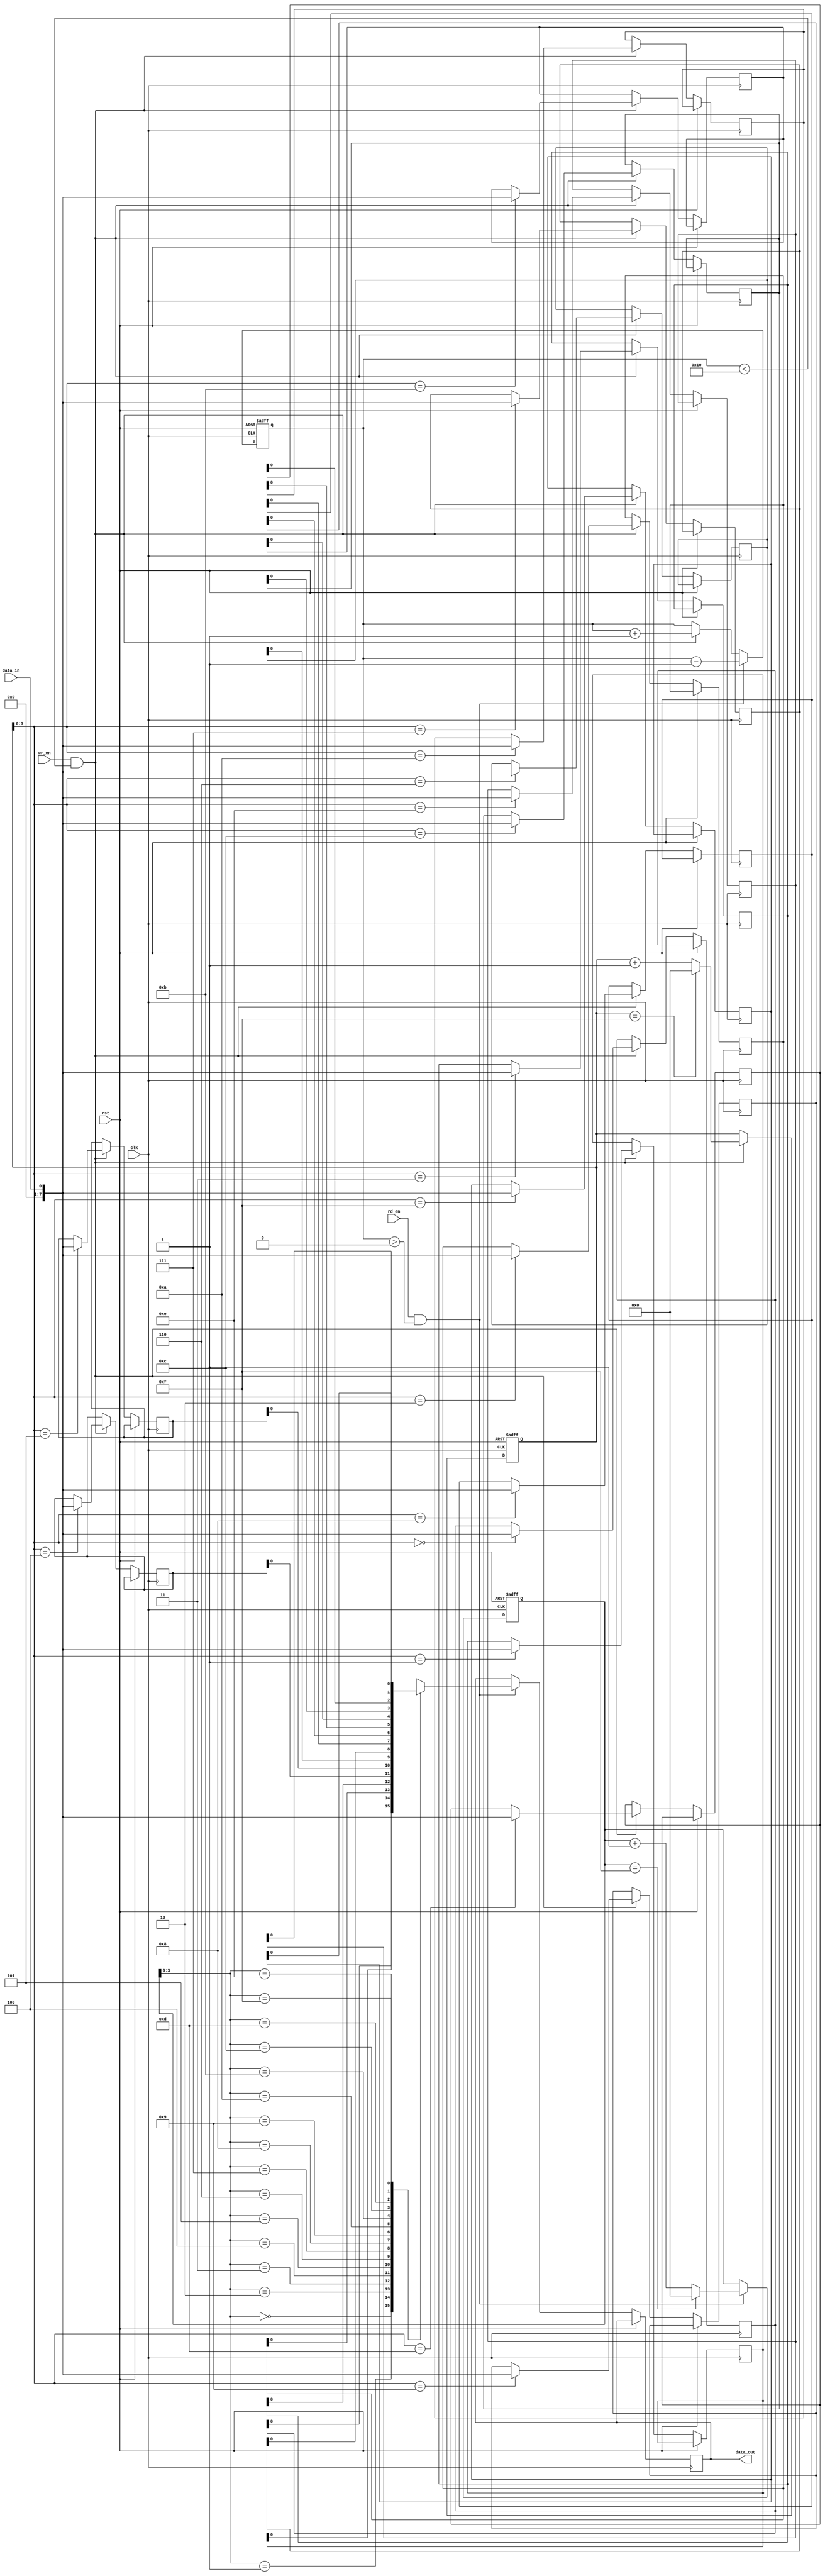
module fifo_buffer
(
 input wire clk,
 input wire rst,
 input wire data_in,
 input wire wr_en,
 output wire data_out,
 input wire rd_en
);

parameter DEPTH = 16; // depth of the FIFO buffer
parameter WIDTH = 8; // width of each data element

reg [WIDTH-1:0] fifo[0:DEPTH-1]; // FIFO buffer storage
reg [4:0] rd_ptr = 0; // read pointer
reg [4:0] wr_ptr = 0; // write pointer
reg [4:0] count = 0; // number of elements in the FIFO buffer

always @ (posedge clk or posedge rst)
begin
 if (rst)
 begin
  rd_ptr <= 0;
  wr_ptr <= 0;
  count <= 0;
 end
 else
 begin
  if (wr_en && count < DEPTH)
  begin
   fifo[wr_ptr] <= data_in;
   wr_ptr <= (wr_ptr == DEPTH-1) ? 0 : wr_ptr + 1;
   count <= count + 1;
  end
  
  if (rd_en && count > 0)
  begin
   data_out <= fifo[rd_ptr];
   rd_ptr <= (rd_ptr == DEPTH-1) ? 0 : rd_ptr + 1;
   count <= count - 1;
  end
 end
end

assign full = (count == DEPTH) ? 1'b1 : 1'b0;
assign empty = (count == 0) ? 1'b1 : 1'b0;

endmodule